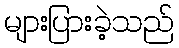
များပြားခဲ့သည်